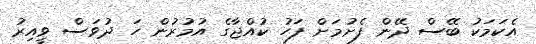
އެކަމަކު ބޭސް ދޭން ފެށުމަށް ފަހު ކުއްޖާގެ އުމުރުން ހަ ދުވަސް ވީއިރު